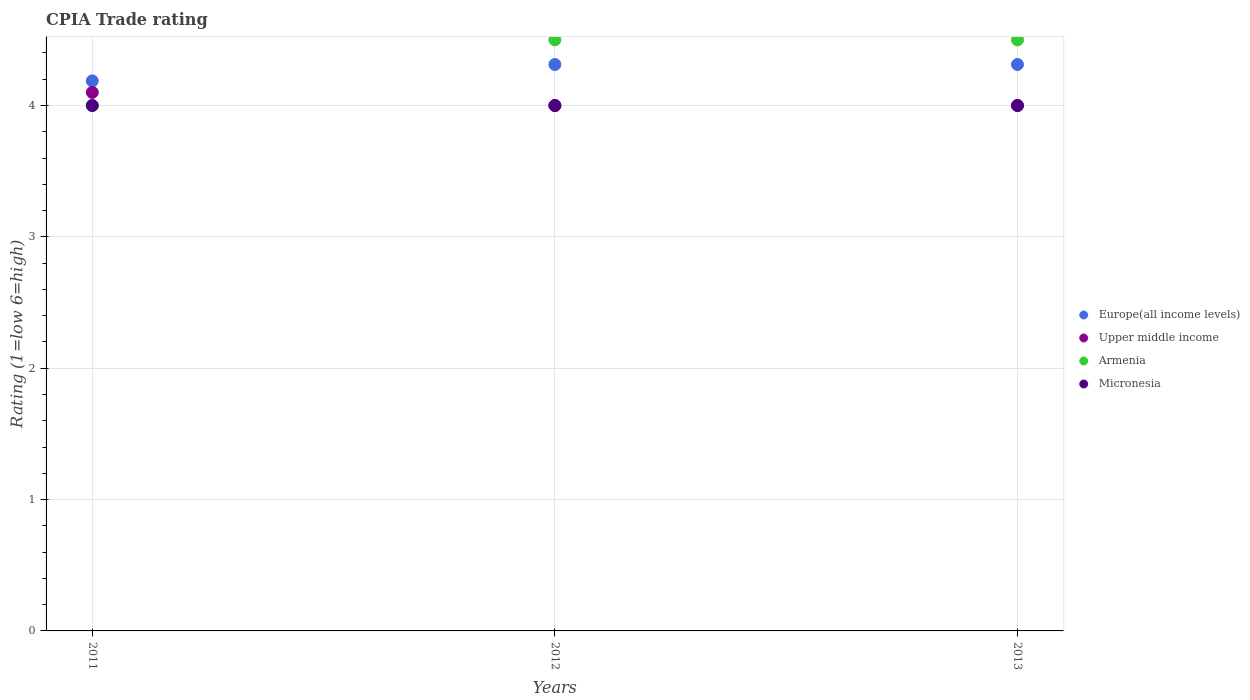
| Years | Europe(all income levels) | Upper middle income | Armenia | Micronesia |
 | --- | --- | --- | --- | --- |
 | 2011 | 4.19 | 4.1 | 4 | 4 |
 | 2012 | 4.31 | 4 | 4.5 | 4 |
 | 2013 | 4.31 | 4 | 4.5 | 4 |